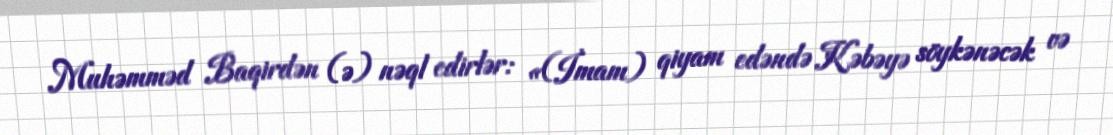
Muhəmməd Baqirdən (ə) nəql edirlər: «(İmam) qiyam edəndə Kəbəyə söykənəcək və